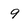
Character: 9